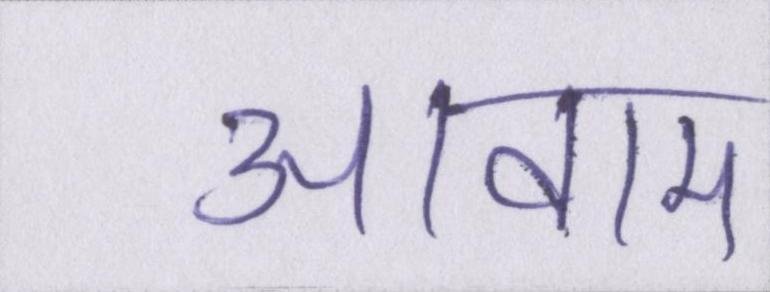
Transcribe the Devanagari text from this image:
आवाम